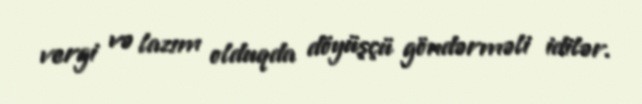
vergi və lazım olduqda döyüşçü göndərməli idilər.